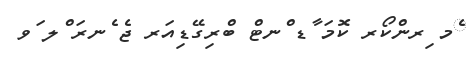
ެމ ިރންކޯރ ކޮމަ ާޑ ްނޓް ބްރިގޭޑިއަރ ޖެ ެނރަ ްލ ަވ